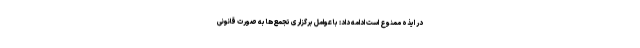
در ایذه ممنوع است ادامه داد: با عوامل برگزاری تجمع‌ها به صورت قانونی